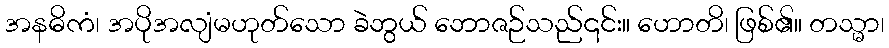
အနဓိကံ၊ အပိုအလျံမဟုတ်သော ခဲဘွယ် ဘောဇဉ်သည်၎င်း။ ဟောတိ၊ ဖြစ်၏။ တသ္မာ၊